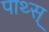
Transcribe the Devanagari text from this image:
पाथ्स्‌